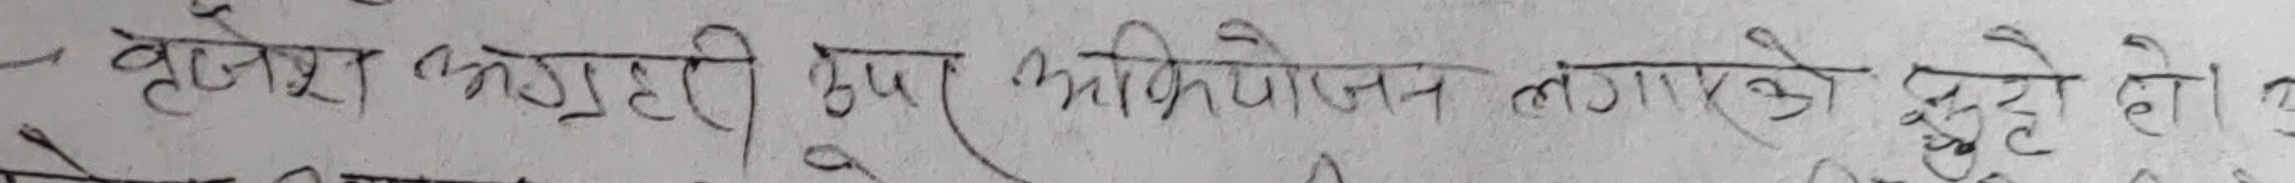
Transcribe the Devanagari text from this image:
वृजेश भट्टराईद्वारा अभियोजन लगाएको झुट्टो हो।